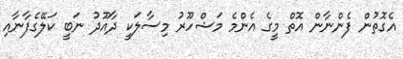
އެގޮތުން ފެންނާން އޮތް މީގެ އެންމެ މަޝްހޫރު މިސާލަކީ ދާއޫދު ނަބީ ކަލޭގެފާނާއި